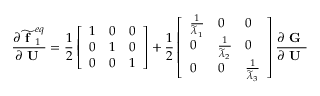
\frac { \partial \widetilde { \textbf { f } } _ { 1 } ^ { e q } } { \partial \textbf { U } } = \frac { 1 } { 2 } \left[ \begin{array} { l l l } { 1 } & { 0 } & { 0 } \\ { 0 } & { 1 } & { 0 } \\ { 0 } & { 0 } & { 1 } \end{array} \right] + \frac { 1 } { 2 } \left[ \begin{array} { l l l } { \frac { 1 } { \widetilde { \lambda } _ { 1 } } } & { 0 } & { 0 } \\ { 0 } & { \frac { 1 } { \widetilde { \lambda } _ { 2 } } } & { 0 } \\ { 0 } & { 0 } & { \frac { 1 } { \widetilde { \lambda } _ { 3 } } } \end{array} \right] \frac { \partial \textbf { G } } { \partial \textbf { U } }